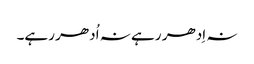
نہ اِدھر رہے نہ اُدھر رہے۔